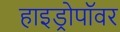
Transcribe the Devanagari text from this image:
हाइड्रोपॉवर